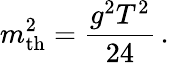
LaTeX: m_{\mathrm{th}}^{2}={\frac{g^{2}T^{2}}{24}}\, .